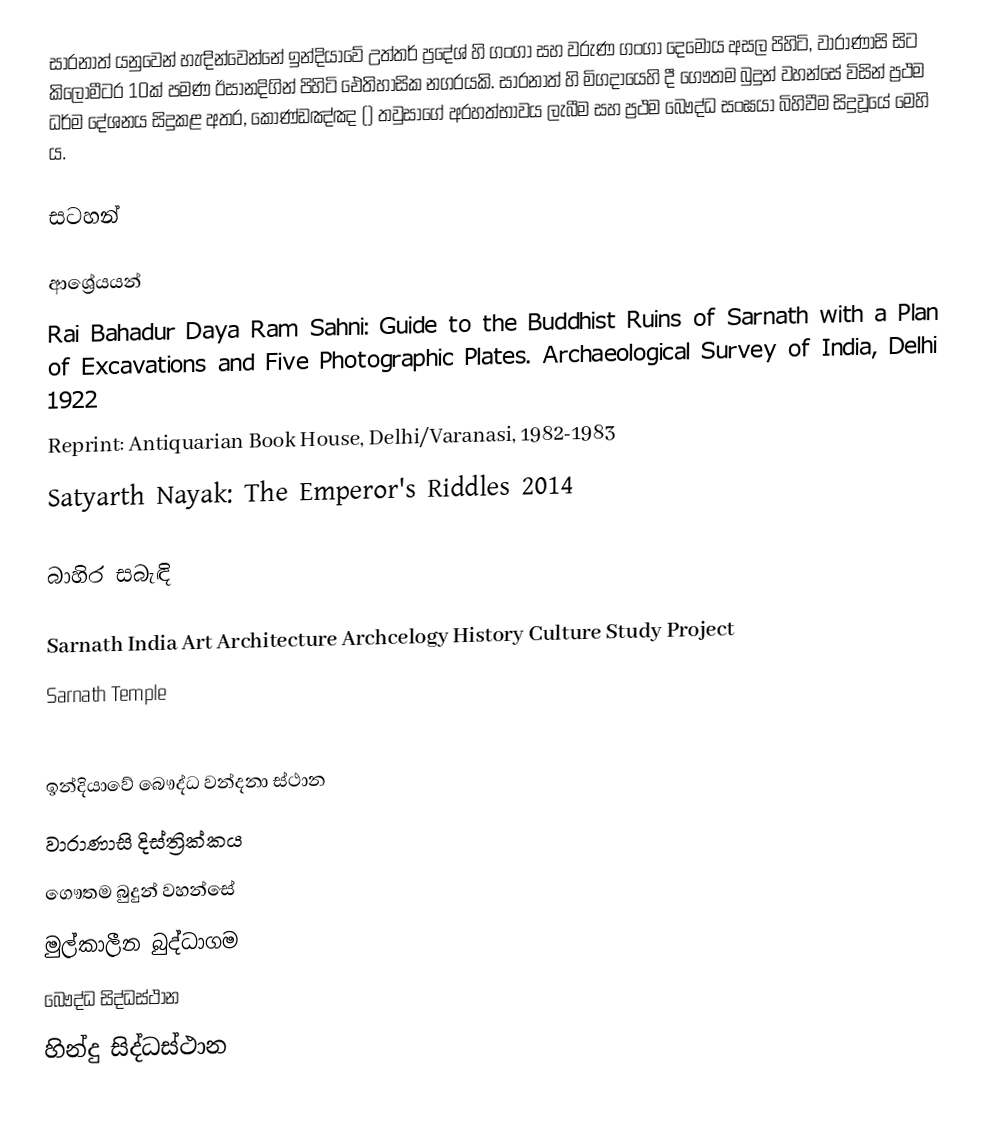
සාරනාත් ‍යනුවෙන් හැඳින්වෙන්නේ ඉන්දියාවේ උත්තර් ප්‍රදේශ් හි ගංගා සහ වරුණ ගංගා දෙමෝය අසල පිහිටි, වාරාණාසි සිට කිලෝමීටර 10ක් පමණ ඊසානදිගින් පිහිටි ඓතිහාසික නගරයකි. සාරනාත් හි මිගදායෙහි දී ගෞතම බුදුන් වහන්සේ විසින් ප්‍රථම ධර්ම දේශනය සිදුකළ අතර, කොණ්ඩඤ්ඤ () තවුසාගේ අරහත්භාවය ලැබීම සහ ප්‍රථම බෞද්ධ සංඝයා බිහිවීම සිදුවූයේ මෙහි ය.

සටහන්

ආශ්‍රේයයන්
 Rai Bahadur Daya Ram Sahni: Guide to the Buddhist Ruins of Sarnath with a Plan of Excavations and Five Photographic Plates. Archaeological Survey of India, Delhi 1922
 Reprint: Antiquarian Book House, Delhi/Varanasi, 1982-1983
 Satyarth Nayak: The Emperor's Riddles 2014

බාහිර සබැඳි

Sarnath India Art Architecture Archcelogy History Culture Study Project
Sarnath Temple

ඉන්දියාවේ බෞද්ධ වන්දනා ස්ථාන
වාරාණාසි දිස්ත්‍රික්කය
ගෞතම බුදුන් වහන්සේ
මුල්කාලීන බුද්ධාගම
බෞද්ධ සිද්ධස්ථාන
හින්දු සිද්ධස්ථාන